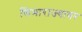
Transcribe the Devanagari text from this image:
सिमाराज्यावर